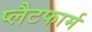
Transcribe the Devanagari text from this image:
प्‍लैटफार्म